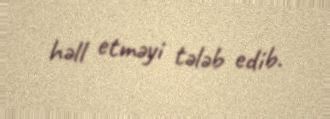
həll etməyi tələb edib.